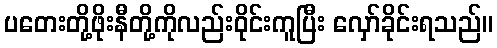
ပတေးတို့ဖိုးနီတို့ကိုလည်းဝိုင်းကူပြီး လှော်ခိုင်းရသည်။